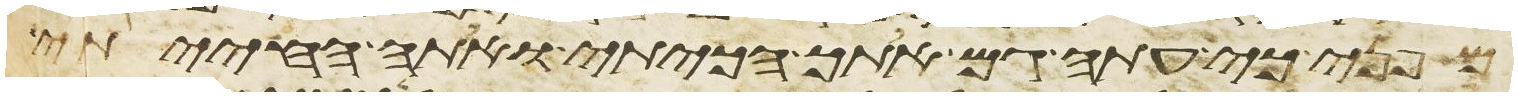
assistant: מפני כי עתה גם אתך הכיתי ואתה החייתי